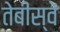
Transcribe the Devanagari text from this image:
तेबीस्वें